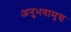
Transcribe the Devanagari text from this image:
अनुभवामृत्त